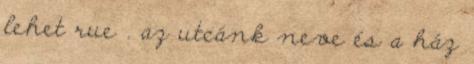
lehet rue . az utcánk neve és a ház